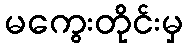
မကွေးတိုင်းမှ